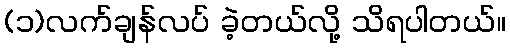
(၁)လက်ချန်လပ် ခဲ့တယ်လို့ သိရပါတယ်။